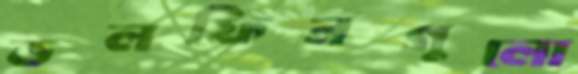
ডলফিনগুলো